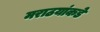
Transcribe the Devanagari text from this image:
मराठयांकडे